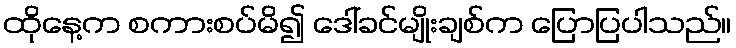
ထိုနေ့က စကားစပ်မိ၍ ဒေါ်ခင်မျိုးချစ်က ပြောပြပါသည်။